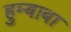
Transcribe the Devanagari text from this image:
हुम्बाबा